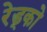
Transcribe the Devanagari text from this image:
रेड्को